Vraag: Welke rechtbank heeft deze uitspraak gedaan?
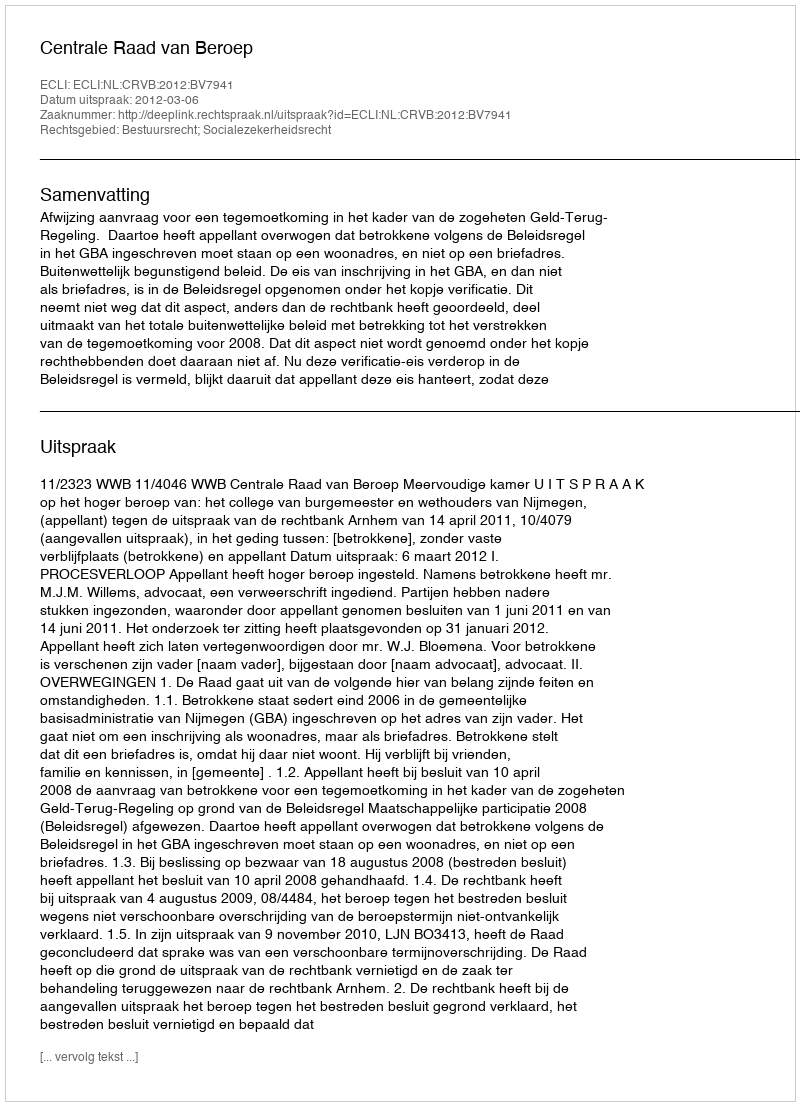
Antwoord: Centrale Raad van Beroep